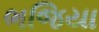
ભજિયા